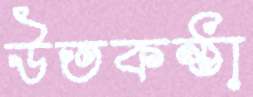
উতকন্ঠা